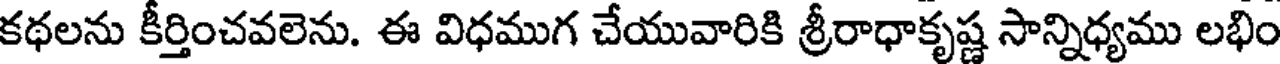
కథలను కీర్తించవలెను. ఈ విధముగ చేయువారికి శ్రీరాధాకృష్ణ సాన్నిధ్యము లభిం